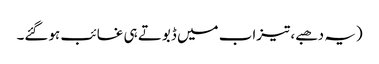
(یہ دھبے، تیزاب میں ڈبوتے ہی غائب ہوگئے۔